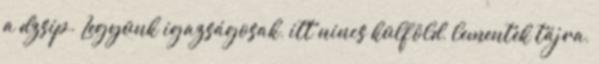
a dzsip. Legyünk igazságosak, itt nincs külföld, lementek tájra,